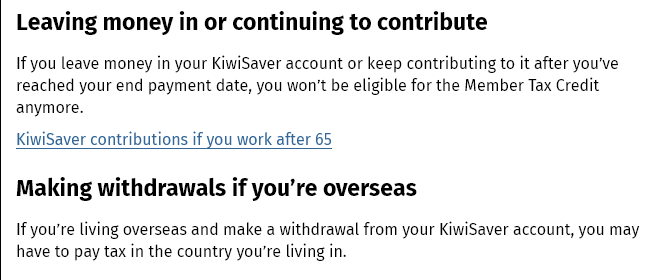
Leaving  money  in   or continuing    to contribute
   If you leave money in your KiwiSaver account or keep contributing to it after you've
   reached your end payment date, you won't be eligible for the Member Tax Credit
  anymore.
  KiwiSaver contributions if you work after 65
  Making    withdrawals  if  you’re   overseas
   If you're living overseas and make a withdrawal from your KiwiSaver account, you may
   have to pay tax in the country you're living in.